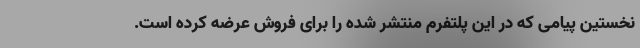
نخستین پیامی که در این پلتفرم منتشر شده را برای فروش عرضه کرده است.